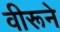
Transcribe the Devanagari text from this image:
वीरूने